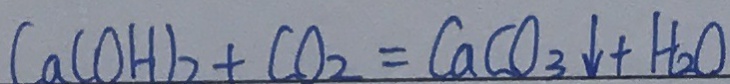
C a ( O H ) _ { 2 } + C O _ { 2 } = C a C O _ { 3 } \downarrow + H _ { 2 } O